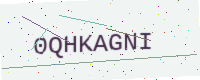
Text: 0QHKAGNI